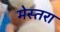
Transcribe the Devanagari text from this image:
मेस्तरा